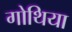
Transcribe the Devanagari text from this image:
गोथिया